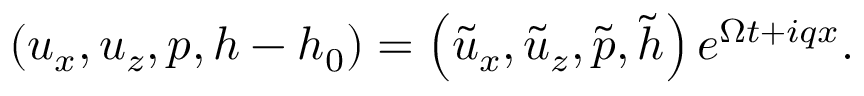
\left( u _ { x } , u _ { z } , p , h - h _ { 0 } \right) = \left( \tilde { u } _ { x } , \tilde { u } _ { z } , \tilde { p } , \tilde { h } \right) { { e } ^ { \Omega t + i { { q } } x } } .